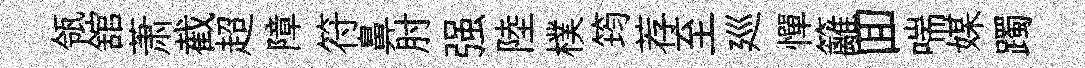
瓴舘萧截超障符鼻肘强陸樸筠荐至廵憚籬囬喘媒躅